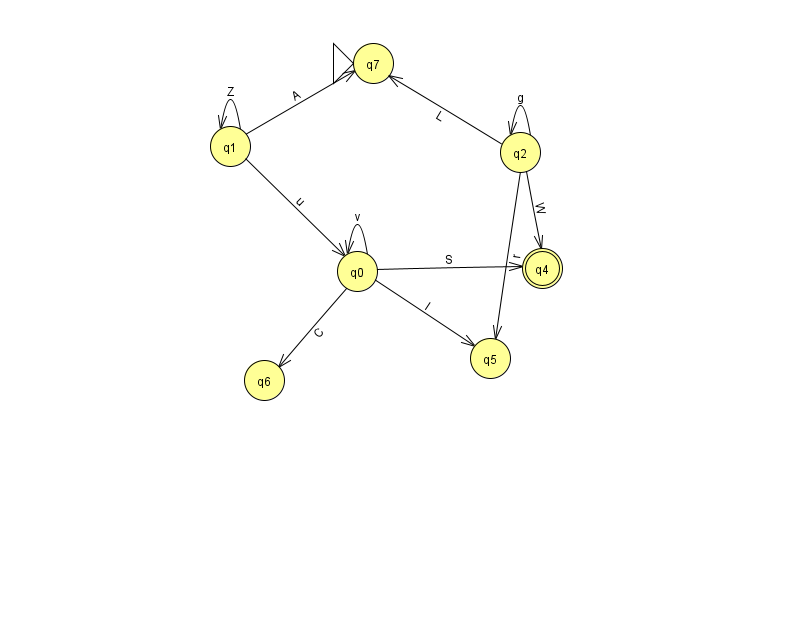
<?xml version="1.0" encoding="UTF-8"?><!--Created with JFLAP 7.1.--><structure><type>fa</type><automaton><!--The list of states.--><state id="0" name="q0"><x>357.0</x><y>258.0</y></state><state id="1" name="q1"><x>230.0</x><y>133.0</y></state><state id="2" name="q2"><x>520.0</x><y>139.0</y></state><state id="4" name="q4"><x>542.0</x><y>255.0</y><final/></state><state id="5" name="q5"><x>490.0</x><y>345.0</y></state><state id="6" name="q6"><x>264.0</x><y>367.0</y></state><state id="7" name="q7"><x>373.0</x><y>50.0</y><initial/></state><!--The list of transitions.--><transition><from>2</from><to>5</to><read>r</read></transition><transition><from>0</from><to>0</to><read>v</read></transition><transition><from>2</from><to>2</to><read>g</read></transition><transition><from>1</from><to>7</to><read>A</read></transition><transition><from>0</from><to>6</to><read>C</read></transition><transition><from>1</from><to>1</to><read>Z</read></transition><transition><from>1</from><to>0</to><read>u</read></transition><transition><from>0</from><to>4</to><read>S</read></transition><transition><from>0</from><to>5</to><read>l</read></transition><transition><from>2</from><to>7</to><read>L</read></transition><transition><from>2</from><to>4</to><read>W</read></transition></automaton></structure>